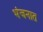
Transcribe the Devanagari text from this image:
भंजनात